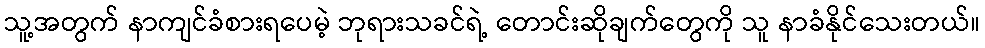
သူ့အတွက် နာကျင်ခံစားရပေမဲ့ ဘုရားသခင်ရဲ့ တောင်းဆိုချက်တွေကို သူ နာခံနိုင်သေးတယ်။